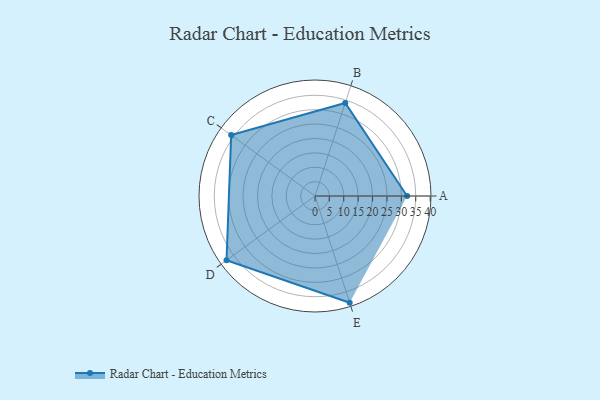
{"axis": {"x": "Skill", "y": "Score"}, "legend": ["Profile"], "data": [{"x": "A", "y": 32.0, "type": "Profile"}, {"x": "B", "y": 34.0, "type": "Profile"}, {"x": "C", "y": 36.0, "type": "Profile"}, {"x": "D", "y": 38.0, "type": "Profile"}, {"x": "E", "y": 39.0, "type": "Profile"}]}